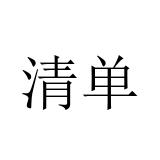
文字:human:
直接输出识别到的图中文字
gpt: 清单